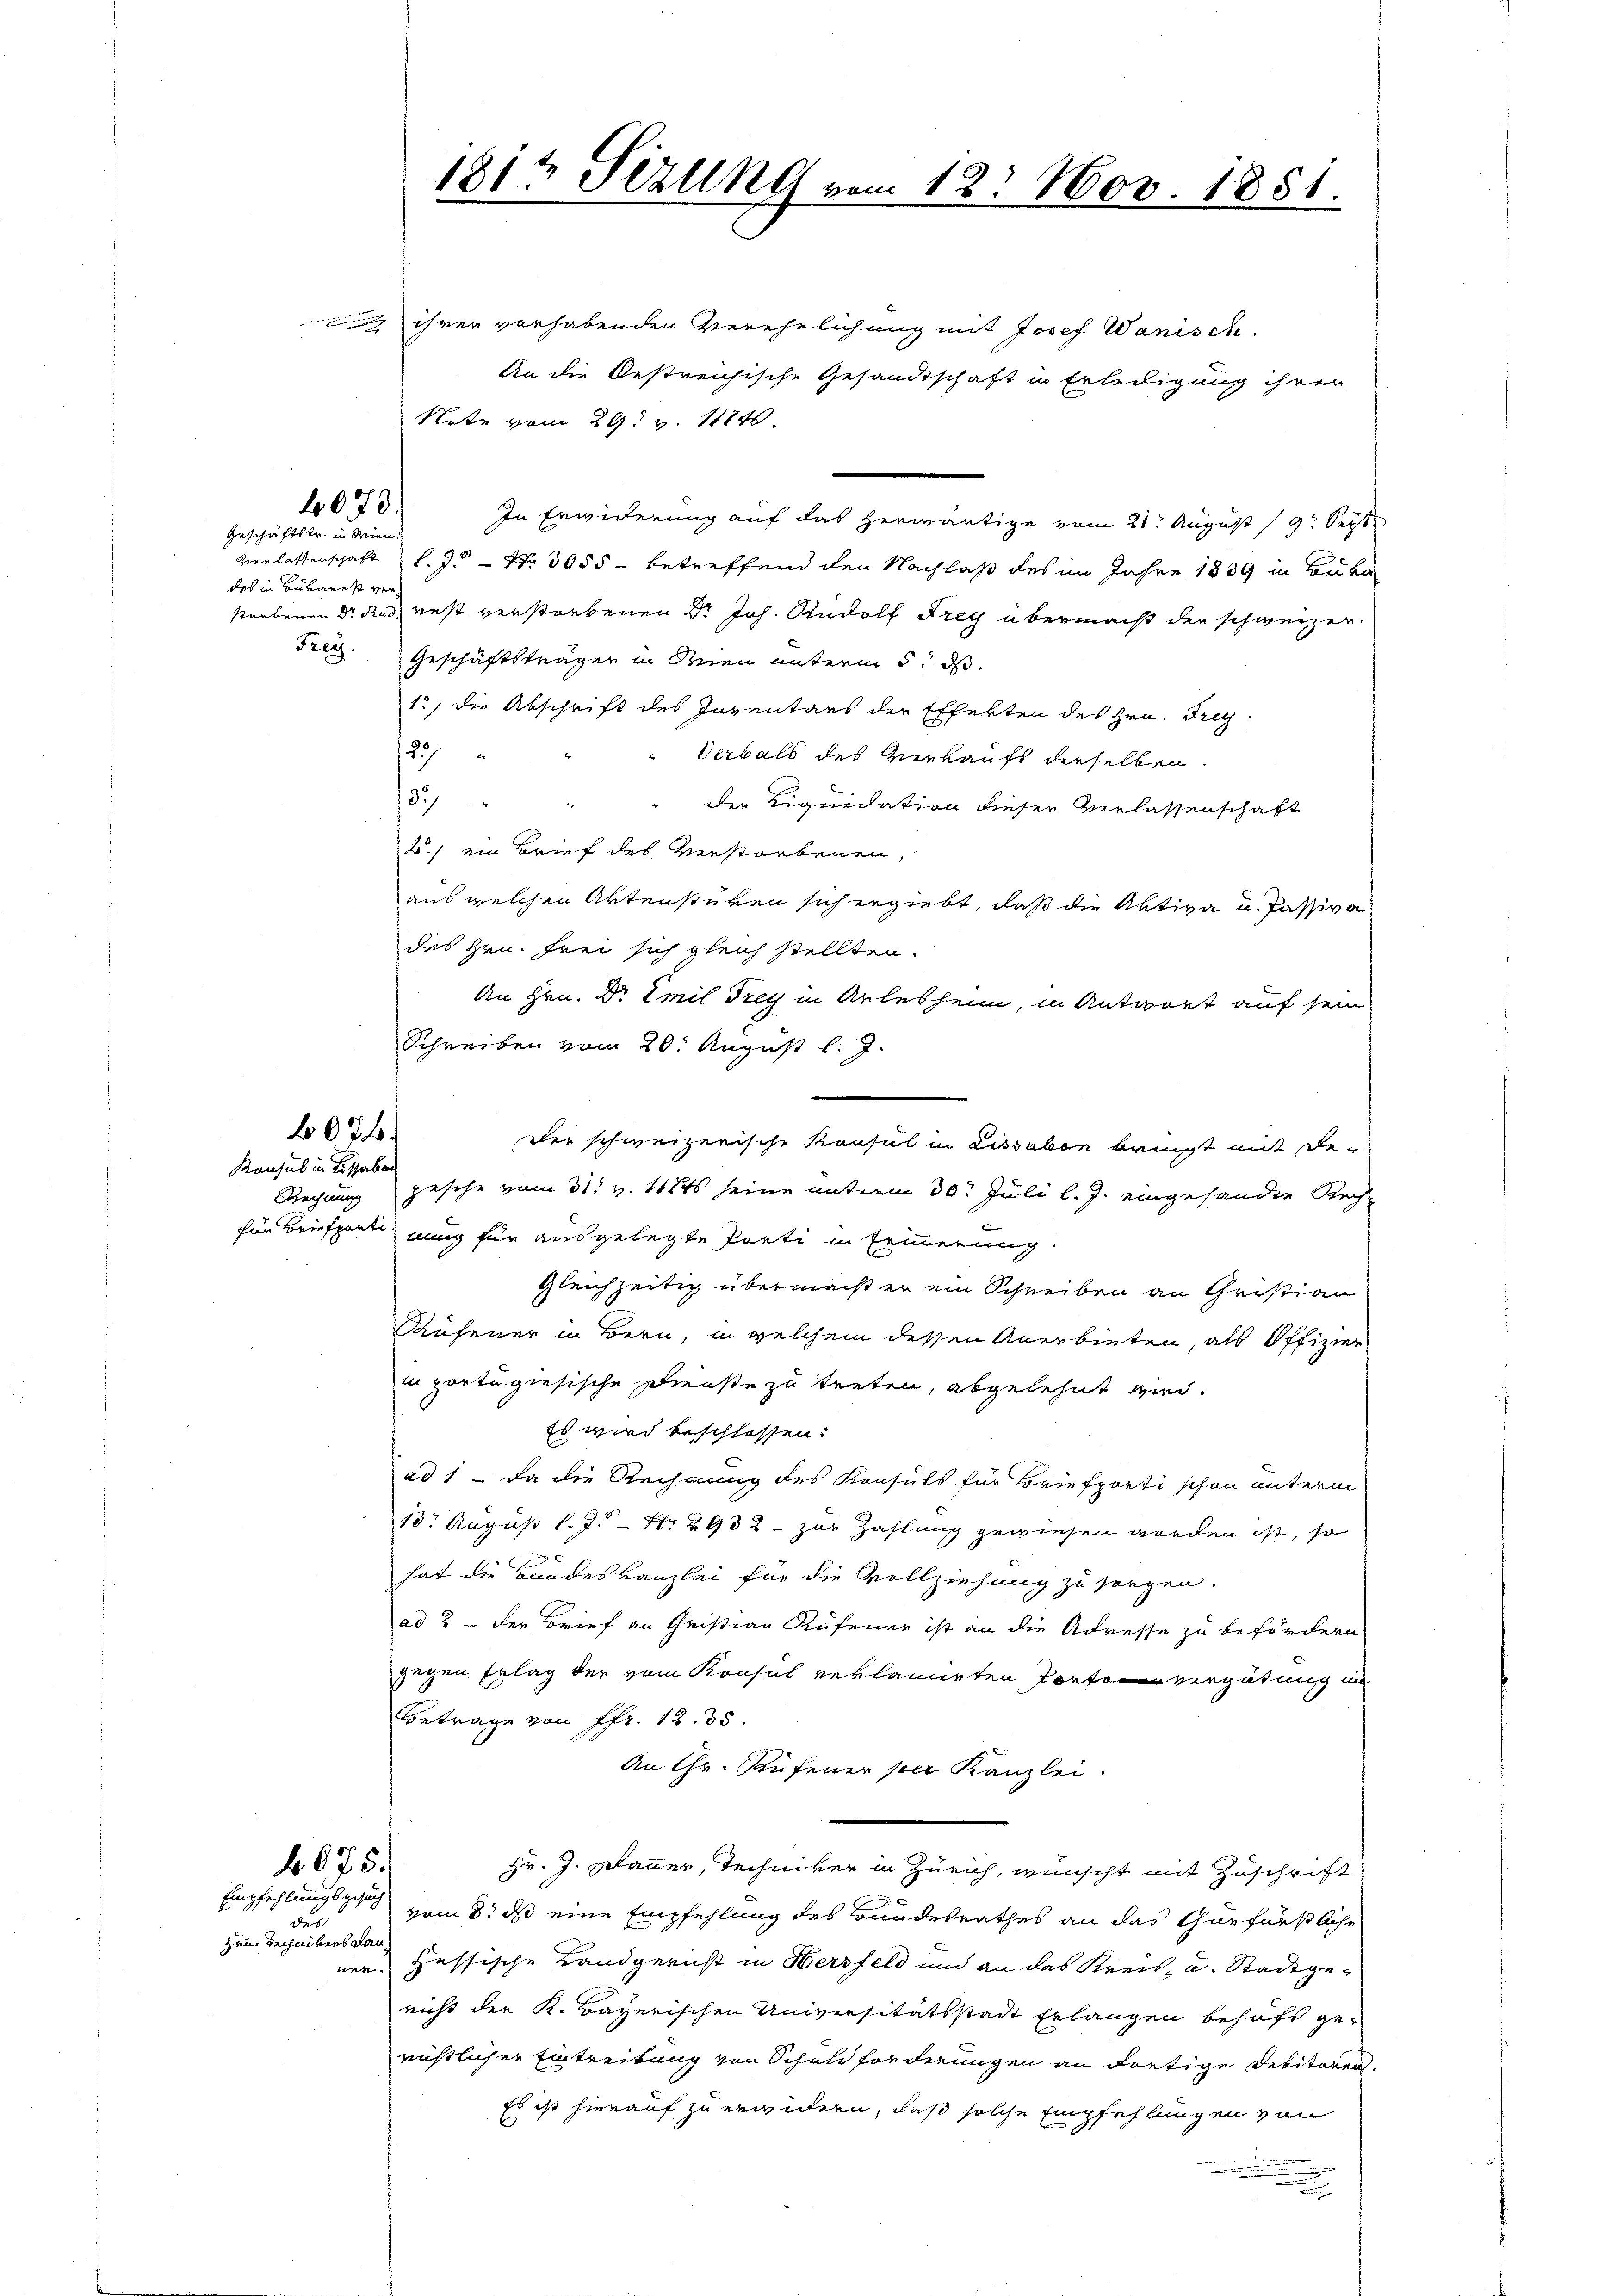
Geschäftstr. in Wien.
das in Bubanest ver¬

4073.

074.

Konsul in Lissabon

1812 Sizung vom 12. Nov. 1851.

ihrer vorhabenden Verehelichung mit Josef Wanisch.
An die Oestreichische Gesandtschaft in Erledigung ihren
Note vom 29. v. 11240.
.
In Erwiderung auf das herwärtige vom 21. August 19t Sept
Verlassenschaft l. J. - Nr. 3055 - betreffend den Nachlaß des im Jahre 1839 in Luka
strebenen Dr. Rud. rest verstorbenen Dr Joh. Rudolf Frey übermacht der schweizer.
Fres. Geschäftsträger in Steien unterm 5. ds.
1) die Abschrift des Inventars der Effekten des Hrn. Frey¬
1257
Verbals des Verkaufs derselben
34 "
der Liquidation dieser Verlassenschaft
2.) ein Brief des Verstorbenen,
aus welchen Aktenstüren sich ergiebt, daß die Aktiva u. Passiva
des Hrn. Frei sich gleich stellten.
An Hrn. Dr Emil Frey in Arlesheim, in Antwort auf sein
Schreiben vom 20. August l. J.
der schweizerische Konsul in Lissabon bringt mit de
Rechnung gesehe vom 31. v. 1881 seine unterm 30. Juli l. J. eingesandte Rechfür Briefparti, nung für ausgelegte Parti in Erinnerung.
Gleichzeitig übermacht er ein Schreiben an Christian
Rufener in Bern, in welchem dessen Anerbieten, als Offizier
in portugiesische Dienste zu treten, abgelehnt wird.
Es wird beschlossen:
ad 1 - da die Rechnung des Konsuls für Briefporti schon unterm
18. August l. J. Nr. 2932 - zur Zahlung gewiesen worden ist, so
hat die Bundeskanzlei für die Vollziehung zu sorgen.
ad? – der Brief an Christian Rufener ist an die Adresse zu befördern
gegen Erlag der vom Konsul verlangten Ponto vergütung im
Betrage von Pfr. 12. 35
An Hr. Rufener sei Kanzlei.
f 675.
Hr. J. Wanner, Techniker in Zürich, wünscht mit Zuschrift
Empfehlungsgesuch
vom 8. ds eine Empfehlung des Bundesrathes an das thurfürstliche
das
zen, Technikers Kanzessische Landgericht in Herzfeld und an das Kreis- u. Stadtge-
ner.
nicht der K. Bayerischen Universitätsstadt Erlangen behufs gerichtlicher Eintreitung von Schuldforderungen an dortige Debitoren.
Es ist hierauf zu erwidern, daß solche Empfehlungen von
.